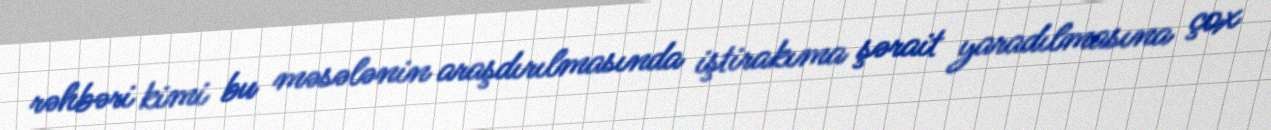
rəhbəri kimi bu məsələnin araşdırılmasında iştirakıma şərait yaradılmasına çox